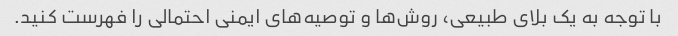
با توجه به یک بلای طبیعی، روش‌ها و توصیه‌های ایمنی احتمالی را فهرست کنید.